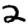
Digit: 2